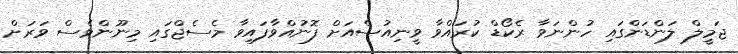
ޖަމީލް ލަންޑަންގައި ހުންނަވާ ރެކޯޑް ކުރައްވާ ވީނިއުސްއަށް ފޮނުއްވާފައިވާ މެސެޖްގައި މިނޫންވެސް ވަރަށް